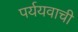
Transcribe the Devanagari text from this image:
पर्ययवाची